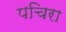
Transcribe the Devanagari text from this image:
पचिरा